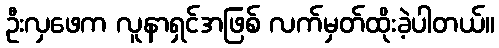
ဦးလှဖေက လူနာရှင်အဖြစ် လက်မှတ်ထိုးခဲ့ပါတယ်။